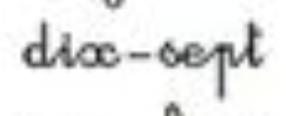
dix-sept